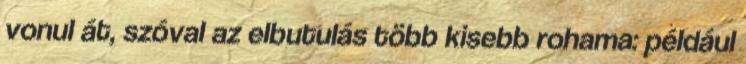
vonul át, szóval az elbutulás több kisebb rohama: például